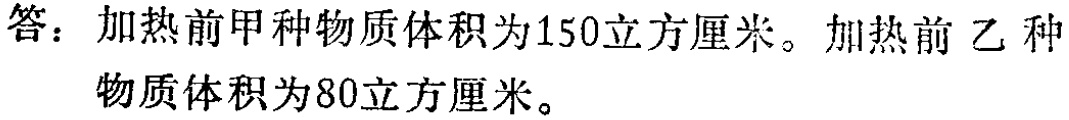
答：加热前甲种物质体积为150立方厘米。加热前乙种物质体积为80立方厘米。